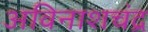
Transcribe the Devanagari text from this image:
अविनाशचंद्र